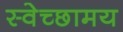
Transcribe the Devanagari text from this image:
स्वेच्छामय